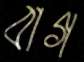
বাগ